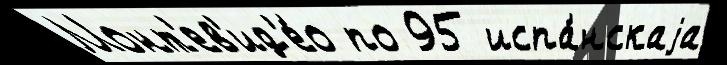
Монт'ев'ид'е́о по 95 испа́нскаjа